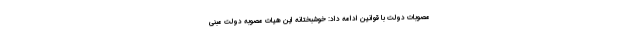
مصوبات دولت با قوانین ادامه داد: خوشبختانه این هیات مصوبه دولت مبنی